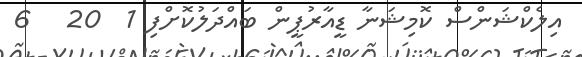
އިލެކްޝަންސް ކޮމިޝަނާ ޑީއާރުޕީން ބައްދަލުކޮށްފި 1  20   6